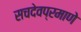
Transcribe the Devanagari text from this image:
सचदेवप्रमाणे